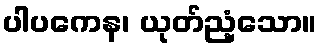
ပါပကေန၊ ယုတ်ညံ့သော။